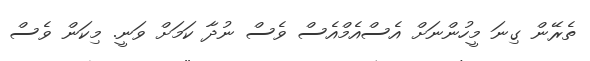
ތެރޭން ގިނަ މީހުންނަށް އެސްއެމްއެސް ވެސް ނުދާ ކަމަށް ވަނީ. މިކަން ވެސް